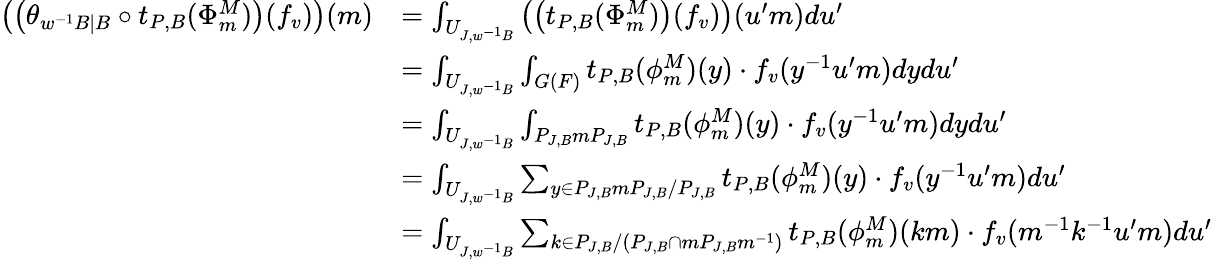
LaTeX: \begin{array}{rl}{\left(\left(\theta_{w^{-1}B\mid B}\circ t_{P,B}(\Phi_{m}^{M})\right)(f_{v})\right)(m)}&{=\int_{U_{J,w^{-1}B}}\left(\left(t_{P,B}(\Phi_{m}^{M})\right)(f_{v})\right)(u^{\prime}m)du^{\prime}}\\ &{=\int_{U_{J,w^{-1}B}}\int_{G(F)}t_{P,B}(\phi_{m}^{M})(y)\cdot f_{v}(y^{-1}u^{\prime}m)dydu^{\prime}}\\ &{=\int_{U_{J,w^{-1}B}}\int_{P_{J,B}mP_{J,B}}t_{P,B}(\phi_{m}^{M})(y)\cdot f_{v}(y^{-1}u^{\prime}m)dydu^{\prime}}\\ &{=\int_{U_{J,w^{-1}B}}\sum_{y\in P_{J,B}mP_{J,B}/P_{J,B}}t_{P,B}(\phi_{m}^{M})(y)\cdot f_{v}(y^{-1}u^{\prime}m)du^{\prime}}\\ &{=\int_{U_{J,w^{-1}B}}\sum_{k\in P_{J,B}/\left(P_{J,B}\cap mP_{J,B}m^{-1}\right)}t_{P,B}(\phi_{m}^{M})(km)\cdot f_{v}(m^{-1}k^{-1}u^{\prime}m)du^{\prime}}\end{array}